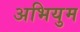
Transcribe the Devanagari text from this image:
अभियुम